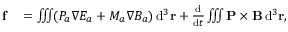
\begin{array} { r l } { \mathbf { f } } & { { } = \iiint ( P _ { a } \boldsymbol { \nabla } E _ { a } + M _ { a } \boldsymbol { \nabla } B _ { a } ) \, \mathrm { d } ^ { 3 } \mathbf { r } + \frac { \mathrm { d } } { \mathrm { d } t } \iiint \mathbf { P } \times \mathbf { B } \, \mathrm { d } ^ { 3 } \mathbf { r } , } \end{array}